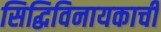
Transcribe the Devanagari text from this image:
सिद्धिविनायकाची